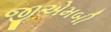
જીએમબી